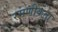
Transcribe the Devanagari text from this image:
रमणीकता